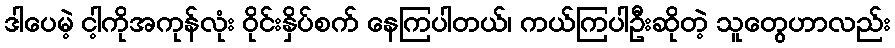
ဒါပေမဲ့ ငါ့ကိုအကုန်လုံး ဝိုင်းနှိပ်စက် နေကြပါတယ်၊ ကယ်ကြပါဦးဆိုတဲ့ သူတွေဟာလည်း